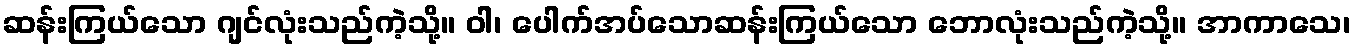
ဆန်းကြယ်သော ဂျင်လုံးသည်ကဲ့သို့။ ဝါ၊ ပေါက်အပ်သောဆန်းကြယ်သော ဘောလုံးသည်ကဲ့သို့။ အာကာသေ၊